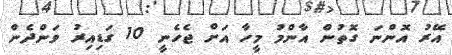
އޭރު އޮންނަ ގޮތުން އާންމު މީހާ އަށް ޖެހެނީ 10 ގަޑިއިރު ވަންދެން